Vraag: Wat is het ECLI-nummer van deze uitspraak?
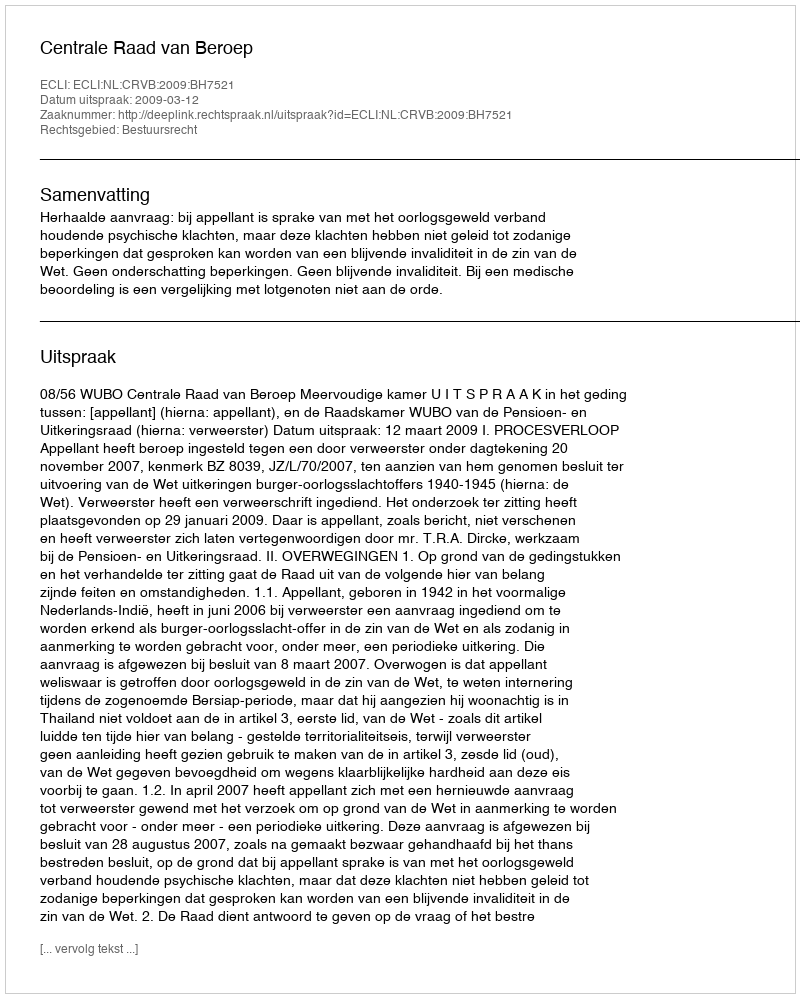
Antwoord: ECLI:NL:CRVB:2009:BH7521